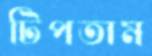
টিপতাম